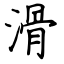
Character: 滑